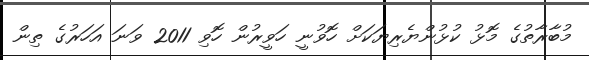
މުބާރާތުގެ މޮޅު ކުޅުންޔެރިޔަކަށް ހޮވުނީ ހަވީރުން ހޮވި 2011 ވަނަ އަހަރުގެ ތިން